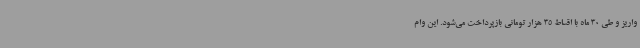
واریز و طی 30 ماه با اقساط 35 هزار تومانی بازپرداخت می‌شود. این وام